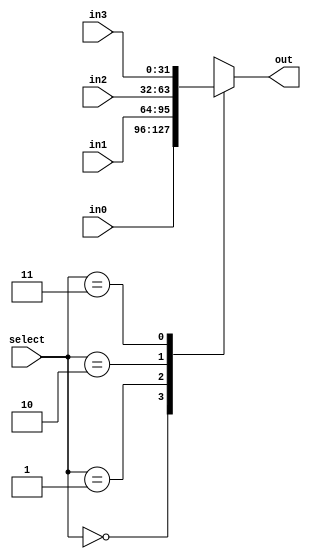
//==================================================================================================
//  Revision      : 0.1
//  Company       : Universidad Simn Bolvar
//
//  Description   : A 4-input multiplexer, with parameterizable width.
//==================================================================================================

module antares_mux_4_1 #(parameter WIDTH = 32)
    (
     input [1:0]            select,
     input [WIDTH-1:0]      in0,
     input [WIDTH-1:0]      in1,
     input [WIDTH-1:0]      in2,
     input [WIDTH-1:0]      in3,
     output reg [WIDTH-1:0] out
     );

    always @ ( /*AUTOSENSE*/in0 or in1 or in2 or in3 or select) begin
        case (select)
            2'b00: out = in0;
            2'b01: out = in1;
            2'b10: out = in2;
            2'b11: out = in3;
        endcase // case (select)
    end // always @ (...

endmodule // antares_mux_4_1